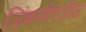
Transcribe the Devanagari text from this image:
जिंकगोएजीज़